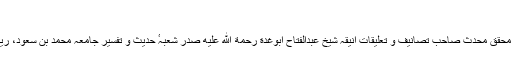
“
(۴) ماضی قریب کے عالم عربی کے مشہور محقق محدث صاحب تصانیف و تعلیقات انیقہ شیخ عبدالفتّاح ابوغدة رحمة الله عليه صدر شعبہٴ حدیث و تفسیر جامعہ محمد بن سعود، ریاض، سعودی عرب کی قدردانی بھی دیکھئے۔